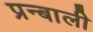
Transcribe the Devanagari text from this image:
प्रन्बाली